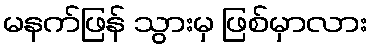
မနက်ဖြန် သွားမှ ဖြစ်မှာလား